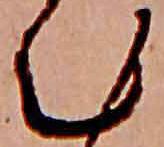
む